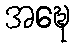
အဍ္ဎေ